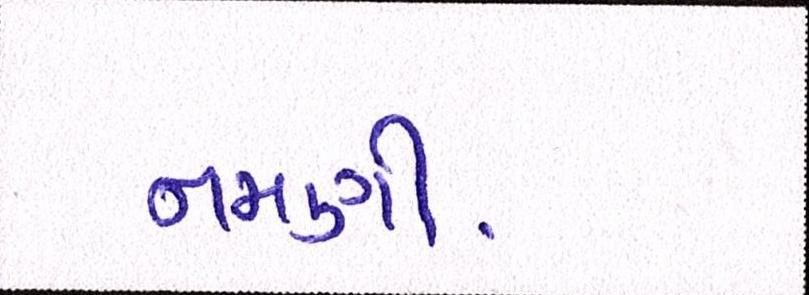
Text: નમણી